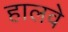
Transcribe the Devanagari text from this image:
हालवे